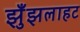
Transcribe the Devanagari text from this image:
झुँझलाहट